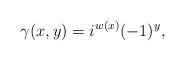
LaTeX: \begin{align*}\gamma(x,y)=i^{w(x)}(-1)^y,\end{align*}